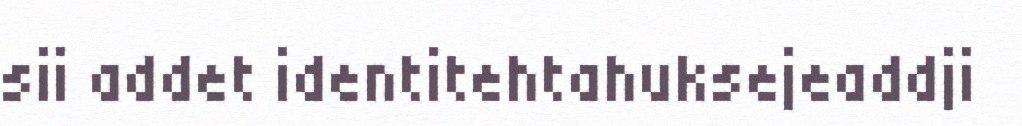
sii addet identitehtahuksejeaddji